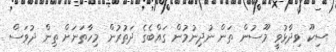
ސިކޫ ވިދާޅުވީ މޫސުން ތަން ނުދިނުމުން ގައްބެގެ ދަތުރުން މިހާތަނަށް ތިން ދުވަސް